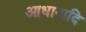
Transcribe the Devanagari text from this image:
आधानादि